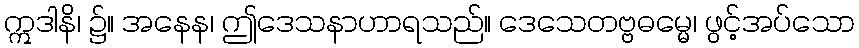
ဣဒါနိ၊ ၌။ အနေန၊ ဤဒေသနာဟာရသည်။ ဒေသေတဗ္ဗဓမ္မေ၊ ဖွင့်အပ်သော